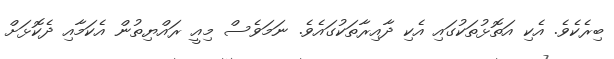
ބިރެކެވެ. އެކި އަތޮޅުތަކުގައި އެކި ދާއިރާތަކުގައެވެ. ނަމަވެސް މިއީ ރައްޔިތުން އެކަމާއި ދެކޮޅަށް